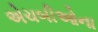
એચબીઓના